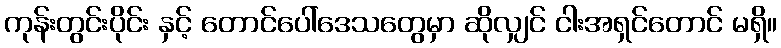
ကုန်းတွင်းပိုင်း နှင့် တောင်ပေါ်ဒေသတွေမှာ ဆိုလျှင် ငါးအရှင်တောင် မရှိ။